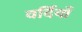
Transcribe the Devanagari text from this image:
वर्दियाँ